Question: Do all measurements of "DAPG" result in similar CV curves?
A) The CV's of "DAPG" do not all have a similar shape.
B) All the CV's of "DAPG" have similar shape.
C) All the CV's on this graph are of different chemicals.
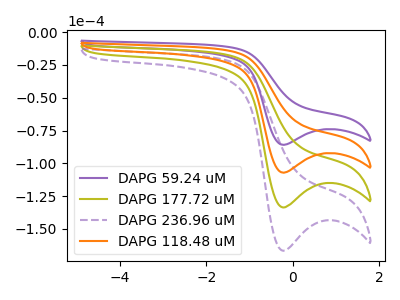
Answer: <think>The purple curve "DAPG 59.24 uM" has a cathodic peak at: (-0.20V, -85.95uA). The olive curve "DAPG 177.72 uM" has a cathodic peak at: (-0.20V, -214.35uA). The purple dashed curve "DAPG 236.96 uM" has a cathodic peak at: (-0.20V, -321.50uA). The orange curve "DAPG 118.48 uM" has a cathodic peak at: (-0.20V, -107.15uA).
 All the peaks in "DAPG 59.24 uM" have a peak in "DAPG 177.72 uM" at the same potential. Every peak in "DAPG 59.24 uM" is lower than every peak in "DAPG 177.72 uM". All the peaks in "DAPG 59.24 uM" have a peak in "DAPG 236.96 uM" at the same potential. Every peak in "DAPG 59.24 uM" is lower than every peak in "DAPG 236.96 uM". All the peaks in "DAPG 59.24 uM" have a peak in "DAPG 118.48 uM" at the same potential. Every peak in "DAPG 59.24 uM" is lower than every peak in "DAPG 118.48 uM". All the peaks in "DAPG 177.72 uM" have a peak in "DAPG 236.96 uM" at the same potential. Every peak in "DAPG 177.72 uM" is lower than every peak in "DAPG 236.96 uM". All the peaks in "DAPG 177.72 uM" have a peak in "DAPG 118.48 uM" at the same potential. Every peak in "DAPG 177.72 uM" is higher than every peak in "DAPG 118.48 uM". All the peaks in "DAPG 236.96 uM" have a peak in "DAPG 118.48 uM" at the same potential. Every peak in "DAPG 236.96 uM" is higher than every peak in "DAPG 118.48 uM".</think>
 <answer>B) All the CV's of "DAPG" have similar shape.</answer>
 <eval>B</eval>